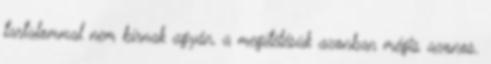
tartalommal nem bírnak agyán, a megítélésük azonban mégis azonos.